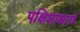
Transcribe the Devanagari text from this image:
पक्षिशास्त्राचे